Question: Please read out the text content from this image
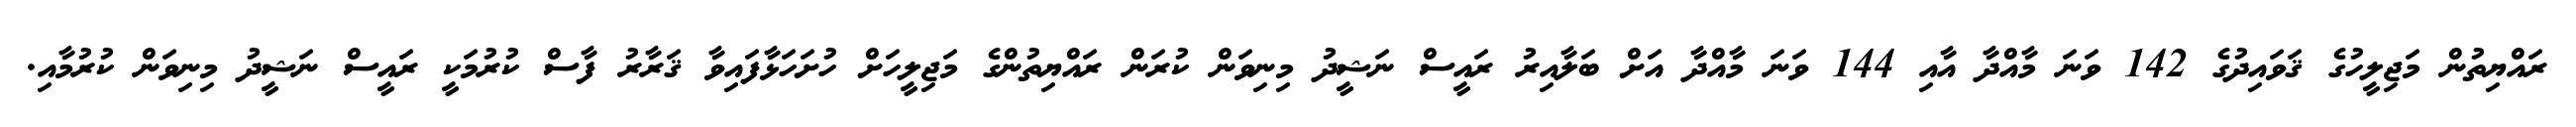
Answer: ރައްޔިތުން މަޖިލީހުގެ ޤަވައިދުގެ 142 ވަނަ މާއްދާ އާއި 144 ވަނަ މާއްދާ އަށް ބަލާއިރު ރައީސް ނަޝީދު މިނިވަން ކުރަން ރައްޔިތުންގެ މަޖިލީހަށް ހުށަހަޅާފައިވާ ޤަރާރު ފާސް ކުރުމަކީ ރައީސް ނަޝީދު މިނިވަން ކުރުމާއި.